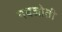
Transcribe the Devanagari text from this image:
नवजोती